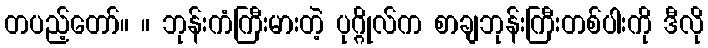
တပည့်တော်။ ။ ဘုန်းကံကြီးမားတဲ့ ပုဂ္ဂိုလ်က စာချဘုန်းကြီးတစ်ပါးကို ဒီလို